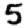
Digit: 5